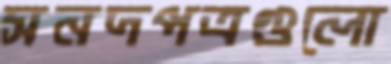
সনদপত্রগুলো